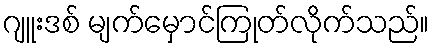
ဂျူးဒစ် မျက်မှောင်ကြုတ်လိုက်သည်။